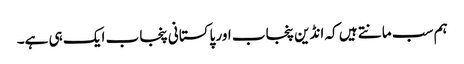
ہم سب مانتے ہیں کہ انڈین پنجاب اور پاکستانی پنجاب ایک ہی ہے۔